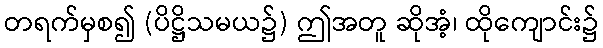
တရက်မှစ၍ (ပိဋ္ဌိသမယ၌) ဤအတူ ဆိုအံ့၊ ထိုကျောင်း၌